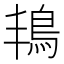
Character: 𮬬